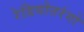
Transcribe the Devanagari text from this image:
रेडियोतरंगो